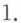
1.